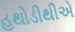
હથોડીથીએ